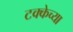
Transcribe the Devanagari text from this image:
टक्केच्या